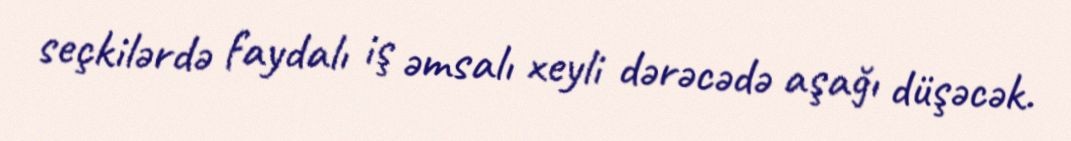
seçkilərdə faydalı iş əmsalı xeyli dərəcədə aşağı düşəcək.